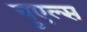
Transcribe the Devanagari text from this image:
बुएल्स